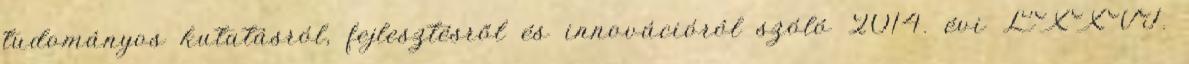
tudományos kutatásról, fejlesztésről és innovációról szóló 2014. évi LXXVI.